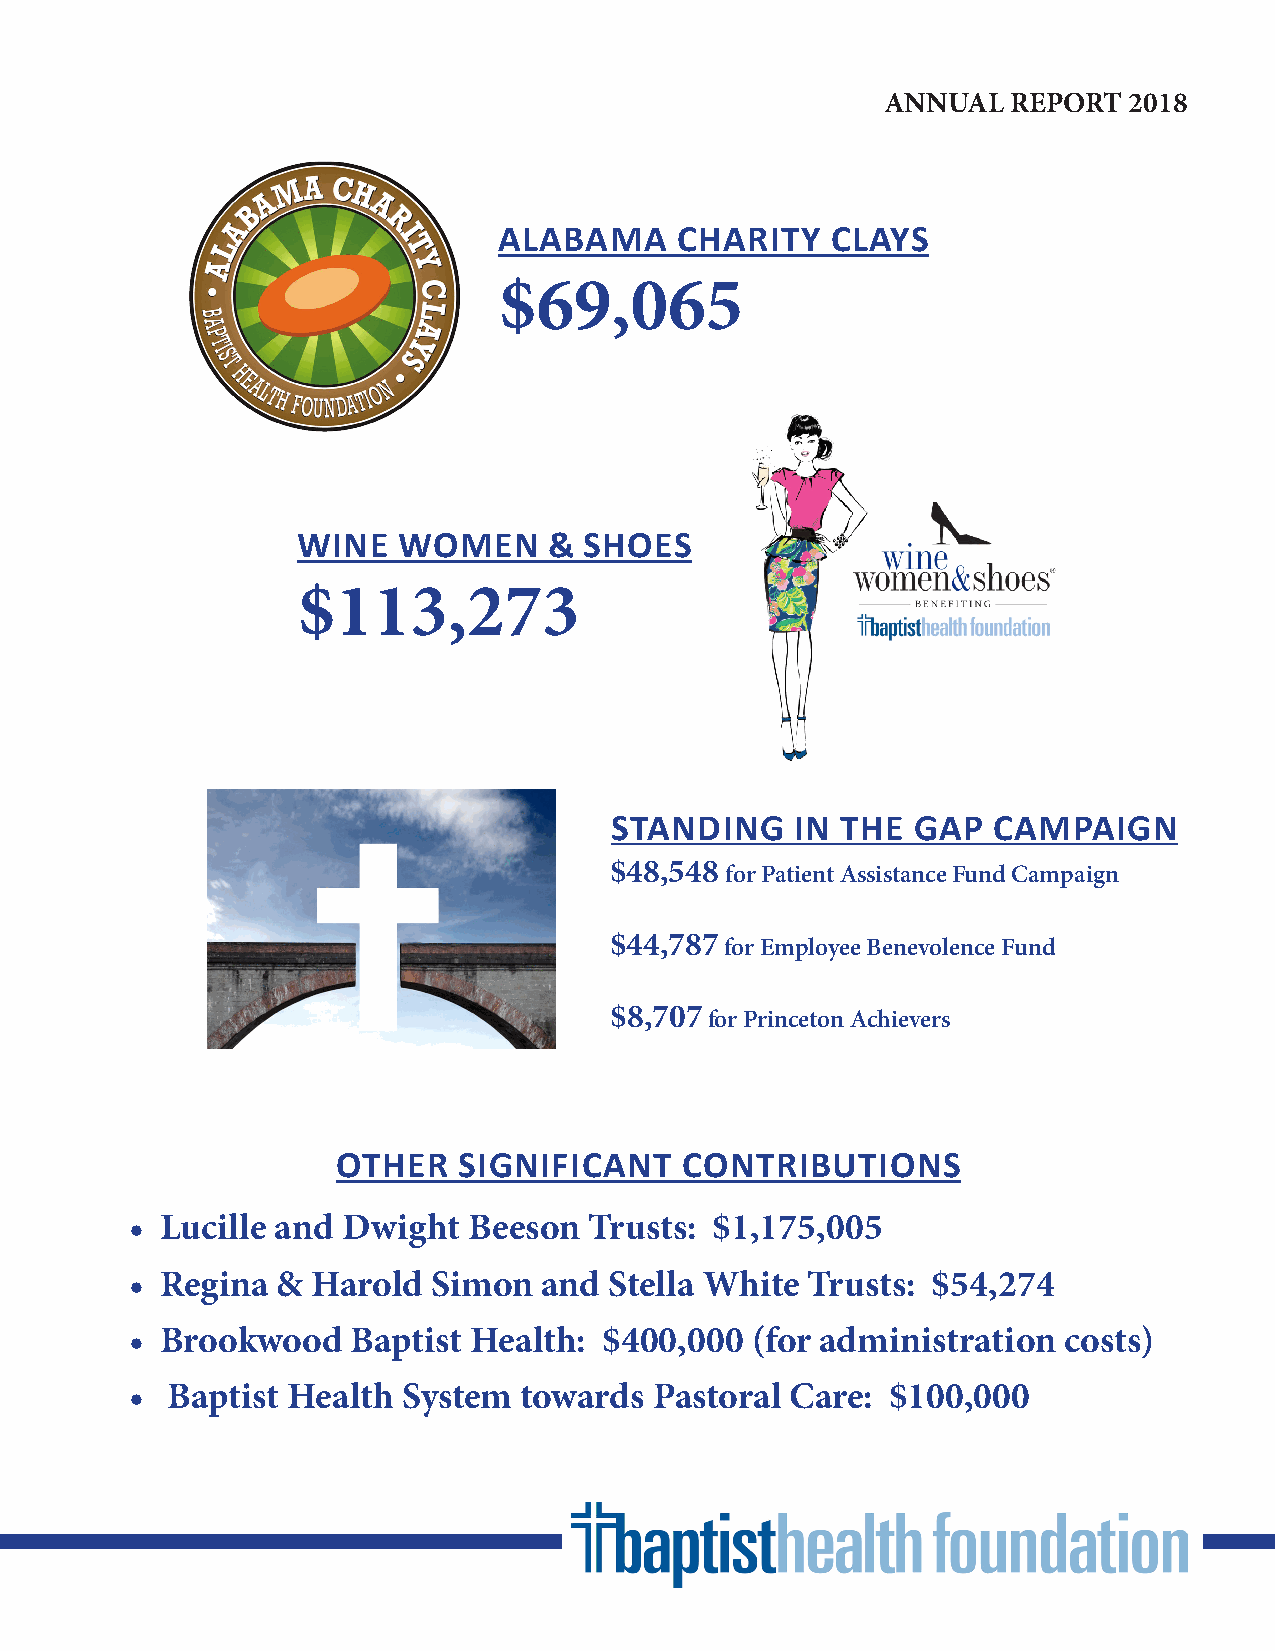
ANNUAL  REPORT  2018
 ALABAMA     CHARITY   CLAYS
 $69,065
 WINE  WOMEN     &  SHOES
 $113,273
 STANDING     IN THE GAP   CAMPAIGN
 $48,548 for Patient Assistance Fund Campaign
 $44,787 for Employee Benevolence Fund
 $8,707 for Princeton Achievers
 OTHER   SIGNIFICANT    CONTRIBUTIONS
 • Lucille and Dwight  Beeson  Trusts: $1,175,005
 • Regina &  Harold  Simon  and Stella White Trusts:  $54,274
 • Brookwood   Baptist Health:  $400,000  (for administration costs)
 • Baptist Health  System towards  Pastoral Care:  $100,000